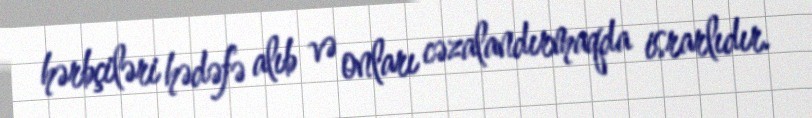
hərbçiləri hədəfə alıb və onları cəzalandırmaqda israrlıdır.